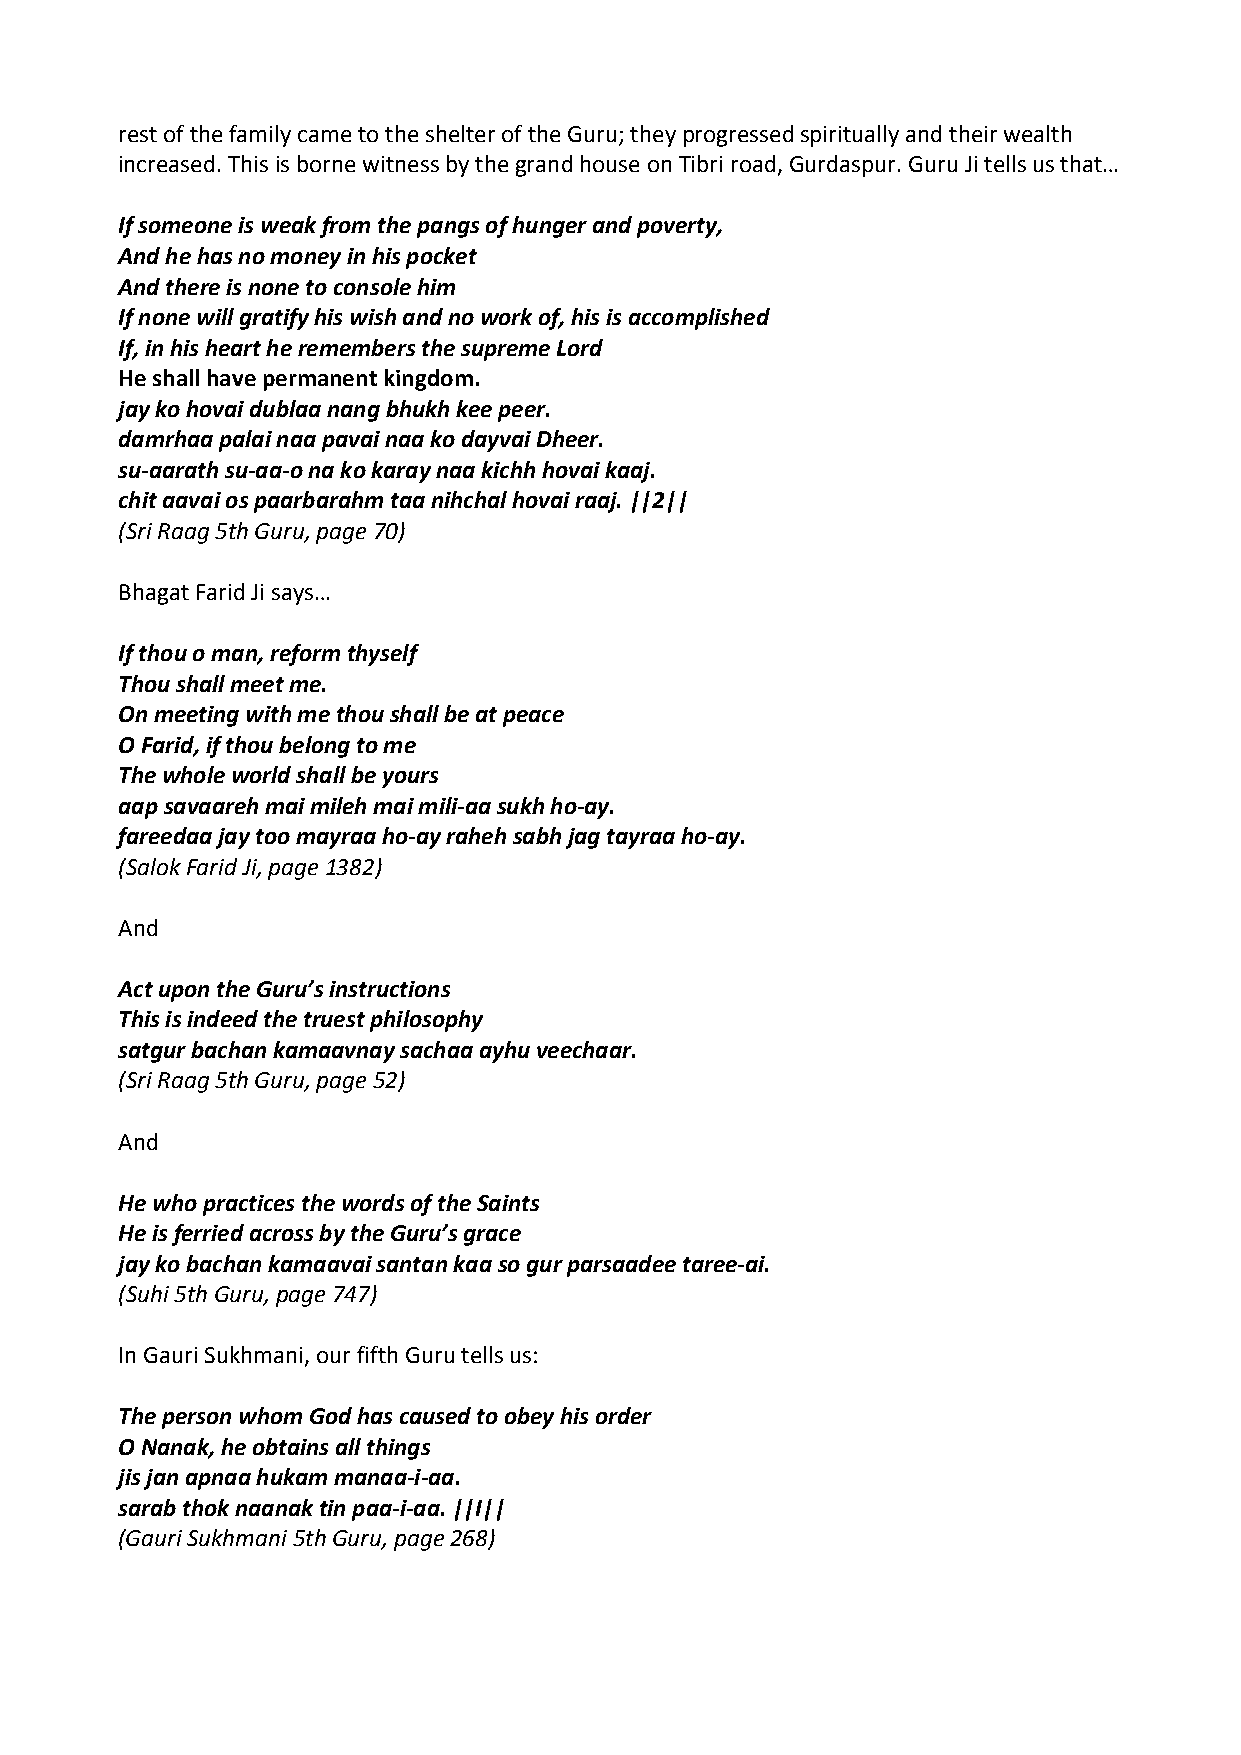
rest of the family came to the shelter of the Guru; they progressed spiritually and their wealth
 increased. This is borne witness by the grand house on Tibri road, Gurdaspur. Guru Ji tells us that…
 If someone is weak from the pangs of hunger and poverty,
 And he has no money in his pocket
 And there is none to console him
 If none will gratify his wish and no work of, his is accomplished
 If, in his heart he remembers the supreme Lord
 He shall have permanent kingdom.
 jay ko hovai dublaa nang bhukh kee peer.
 damrhaa palai naa pavai naa ko dayvai Dheer.
 su‐aarath su‐aa‐o na ko karay naa kichh hovai kaaj.
 chit aavai os paarbarahm taa nihchal hovai raaj. ||2||
 (Sri Raag 5th Guru, page 70)
 Bhagat Farid Ji says…
 If thou o man, reform thyself
 Thou shall meet me.
 On meeting with me thou shall be at peace
 O Farid, if thou belong to me
 The whole world shall be yours
 aap savaareh mai mileh mai mili‐aa sukh ho‐ay.
 fareedaa jay too mayraa ho‐ay raheh sabh jag tayraa ho‐ay.
 (Salok Farid Ji, page 1382)
 And
 Act upon the Guru’s instructions
 This is indeed the truest philosophy
 satgur bachan kamaavnay sachaa ayhu veechaar.
 (Sri Raag 5th Guru, page 52)
 And
 He who practices the words of the Saints
 He is ferried across by the Guru’s grace
 jay ko bachan kamaavai santan kaa so gur parsaadee taree‐ai.
 (Suhi 5th Guru, page 747)
 In Gauri Sukhmani, our fifth Guru tells us:
 The person whom God has caused to obey his order
 O Nanak, he obtains all things
 jis jan apnaa hukam manaa‐i‐aa.
 sarab thok naanak tin paa‐i‐aa. ||I||
 (Gauri Sukhmani 5th Guru, page 268)